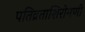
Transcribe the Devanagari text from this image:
पतिव्रताशिरोमणी